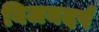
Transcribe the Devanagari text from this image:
विजयदर्प